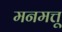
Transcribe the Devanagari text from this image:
मनमत्तू